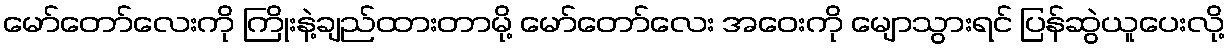
မော်တော်လေးကို ကြိုးနဲ့ချည်ထားတာမို့ မော်တော်လေး အဝေးကို မျောသွားရင် ပြန်ဆွဲယူပေးလို့